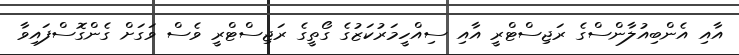
އާއި އެންބިއުލާންސްގެ ރަޖިސްޓްރީ އާއި ސިއްހީމަރުކަޒުގެ ގޯތީގެ ރަޖިސްޓްރީ ވެސް ވަގަށް ގެންގޮސްފައިވާ